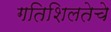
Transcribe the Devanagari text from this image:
गतिशिलतेचे